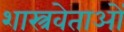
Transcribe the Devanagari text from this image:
शास्त्रवेताओं